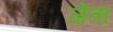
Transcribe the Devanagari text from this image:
जेंता